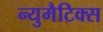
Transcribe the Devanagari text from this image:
न्युमैटिक्स